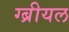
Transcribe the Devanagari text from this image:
ग्ब्रीयल